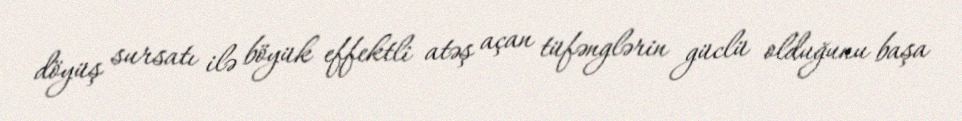
döyüş sursatı ilə böyük effektli atəş açan tüfənglərin güclü olduğunu başa